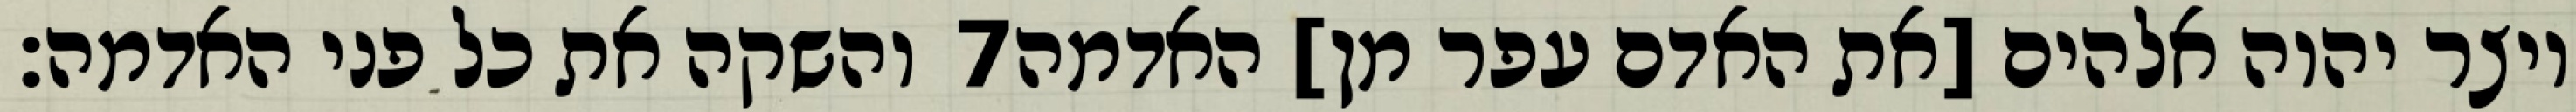
והשקה את כל פני האדמה׃ ‎7‏ ויצר יהוה אלהים [את האדם עפר מן] האדמה